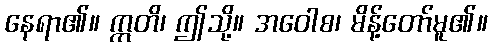
နေရာ၏။ ဣတိ၊ ဤသို့။ အဝေါစ၊ မိန့်တော်မူ၏။